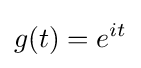
g(t)=e^{it}